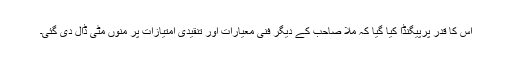
اس کا قدر پرپیگنڈا کیا گیا کہ ملّا صاحب کے دیگر فنی معیارات اور تنقیدی امتیازات پر منوں مٹی ڈال دی گئی۔